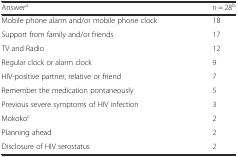
<table><thead><tr><td><b>Answer<sup>a</sup></b></td><td><b><i>n</i> = 28<sup>b</sup></b></td></tr></thead><tbody><tr><td>Mobile phone alarm and/or mobile phone clock</td><td>18</td></tr><tr><td>Support from family and/or friends</td><td>17</td></tr><tr><td>TV and Radio</td><td>12</td></tr><tr><td>Regular clock or alarm clock</td><td>9</td></tr><tr><td>HIV-positive partner, relative or friend</td><td>7</td></tr><tr><td>Remember the medication pontaneously</td><td>5</td></tr><tr><td>Previous severe symptoms of HIV infection</td><td>3</td></tr><tr><td>Mokoko<sup>c</sup></td><td>2</td></tr><tr><td>Planning ahead</td><td>2</td></tr><tr><td>Disclosure of HIV serostatus</td><td>2</td></tr></tbody></table>